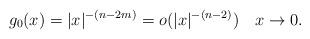
LaTeX: \begin{align*}g_0(x)=|x|^{-(n-2m)}=o(|x|^{-(n-2)}) \quad x\to 0.\end{align*}